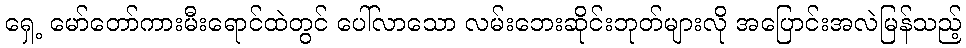
ရှေ့ မော်တော်ကားမီးရောင်ထဲတွင် ပေါ်လာသော လမ်းဘေးဆိုင်းဘုတ်များလို အပြောင်းအလဲမြန်သည့်